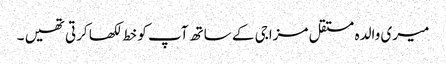
میری والدہ مستقل مزاجی کے ساتھ آپ کو خط لکھا کرتی تھیں ۔